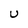
Character: U